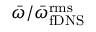
\bar { \omega } / \bar { \omega } _ { \mathrm { { f D N S } } } ^ { \mathrm { { r m s } } }